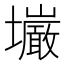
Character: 𫮿